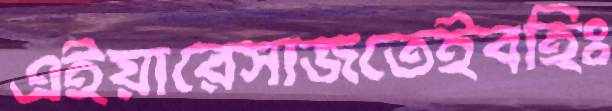
এইয়ারেসাজতেইবহিঃ